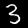
Label: 3